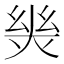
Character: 𢇈